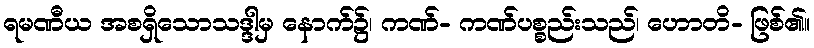
ရမဏီယ အစရှိသောသဒ္ဒါမှ နောက်၌၊ ကဏ်- ကဏ်ပစ္စည်းသည်၊ ဟောတိ- ဖြစ်၏။